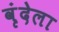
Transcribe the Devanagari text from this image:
वृंदेला